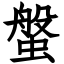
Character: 螌